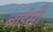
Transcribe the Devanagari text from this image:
बाईसी